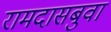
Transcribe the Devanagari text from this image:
रामदासबुवा